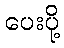
ပေးပို့